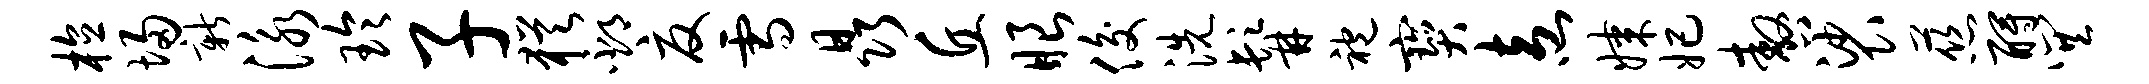
植埽新泳玲子犹邳夏雪晶丘眼俊洗髯袍宝盍媒妃嗷裟慈酹巽